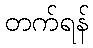
တက်ရန်